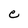
Character: e